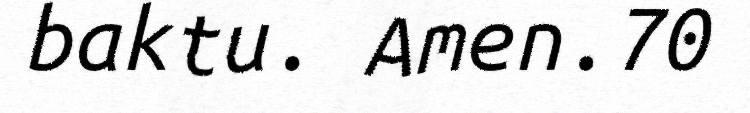
baktu. Amen.70